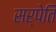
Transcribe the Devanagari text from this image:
सर्पेति